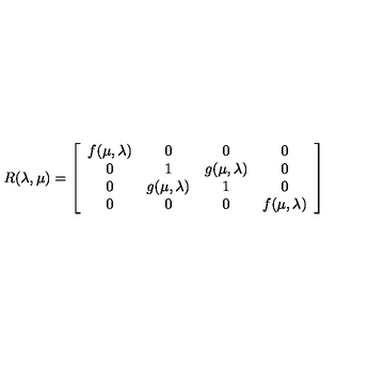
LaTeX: R ( \lambda , \mu ) = \left[ \begin{array} { c c c c } { f ( \mu , \lambda ) } & { 0 } & { 0 } & { 0 } \\ { 0 } & { 1 } & { g ( \mu , \lambda ) } & { 0 } \\ { 0 } & { g ( \mu , \lambda ) } & { 1 } & { 0 } \\ { 0 } & { 0 } & { 0 } & { f ( \mu , \lambda ) } \\ \end{array} \right]